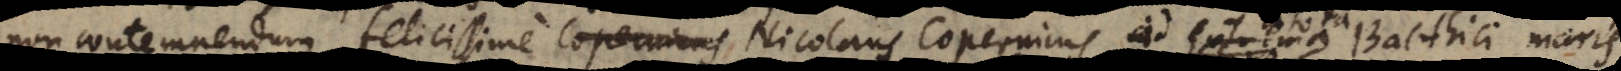
non contemnendum felicissime Nicolaus Copernicus ad extrema Balthici maris